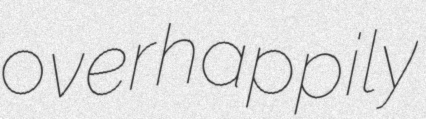
overhappily